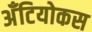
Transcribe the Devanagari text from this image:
अँटियोकस